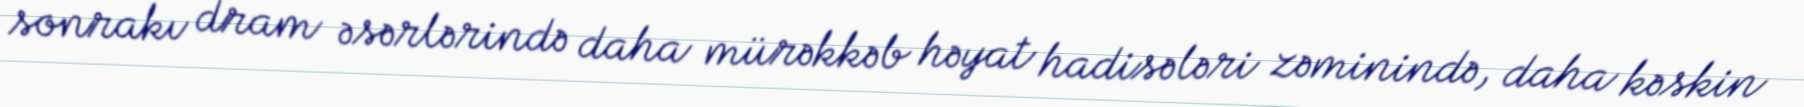
sonrakı dram əsərlərində daha mürəkkəb həyat hadisələri zəminində, daha kəskin